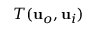
T ( \mathbf { u } _ { o } , \mathbf { u } _ { i } )